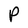
Character: P